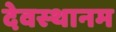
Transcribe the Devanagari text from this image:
देवस्‍थानम